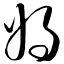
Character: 娲